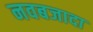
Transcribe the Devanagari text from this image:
नवबजादा